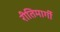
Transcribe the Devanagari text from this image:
रीतिमार्गी